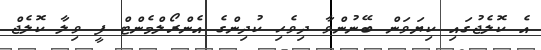
އެ ކޮލެޖުގައި ކިޔަވަން ބޭނުންވާ ދިވެހި ކުދިންގެ އެންރޯލްމެންޓް ފީ ވިލާ ކޮލެޖް